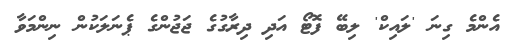
އެންމެ ގިނަ 'ލައިކް' ލިބޭ ފޮޓޯ އަދި ދިރާގުގެ ޖަޖުންގެ ޕެނަލަކުން ނިންމަވާ